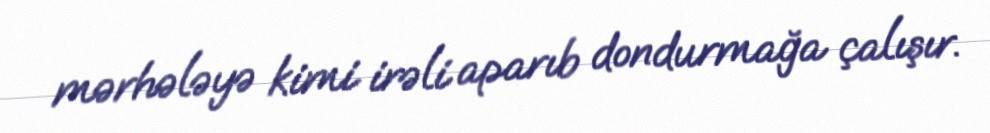
mərhələyə kimi irəli aparıb dondurmağa çalışır.